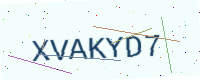
Text: XVAKYD7